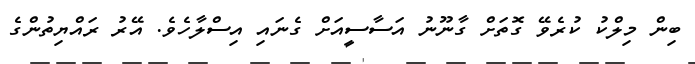
ބިން މިލްކު ކުރެވޭ ގޮތަށް ގާނޫނު އަސާސީއަށް ގެނައި އިސްލާހެވެ. އޭރު ރައްޔިތުންގެ